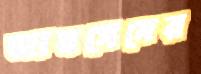
জামসেদের